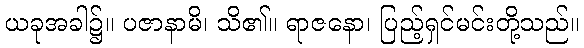
ယခုအခါ၌။ ပဇာနာမိ၊ သိ၏။ ရာဇနော၊ ပြည့်ရှင်မင်းတို့သည်။